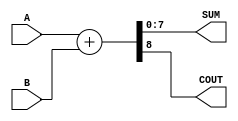
module Param_Adder #(parameter WIDTH = 8) (
    input  [WIDTH-1:0] A,   // Input A
    input  [WIDTH-1:0] B,   // Input B
    output [WIDTH-1:0] SUM,  // Output SUM
    output COUT             // Carry Out
);

    // Perform addition
    assign {COUT, SUM} = A + B;

endmodule